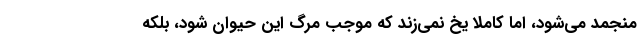
منجمد می‌شود، اما کاملا یخ نمی‌زند که موجب مرگ این حیوان شود، بلکه